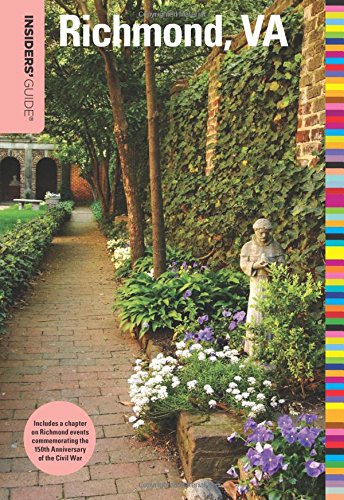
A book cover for Insiders' GuideÂ® to Richmond, VA (Insiders' Guide Series); Maureen Egan; Travel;